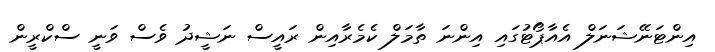
އިންޓަނޭޝަނަލް އެއާޕޯޓުގައި އިންނަ ތާމަލް ކެމެރާއިން ރައީސް ނަޝީދު ވެސް ވަނީ ސްކްރީން